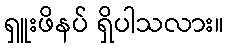
ရှူးဖိနပ် ရှိပါသလား။